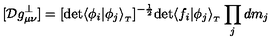
[ { \cal D } g _ { \mu \nu } ^ { \perp } ] = [ \mathrm { d e t } \langle \phi _ { i } \vert \phi _ { j } \rangle _ { _ T } ] ^ { - { \frac { 1 } { 2 } } } \mathrm { d e t } \langle f _ { i } \vert \phi _ { j } \rangle _ { _ T } \prod _ { j } d m _ { j }